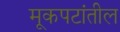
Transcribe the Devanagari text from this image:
मूकपटांतील